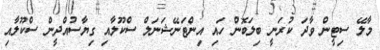
މާލޭ ސިޓީން ވާދަ ކުރަނީ ބިލަބޮން ހައި އިންޓަނޭޝަނަލް ސްކޫލާއި ގިޔާސުއްދީން ސްކޫލާއި